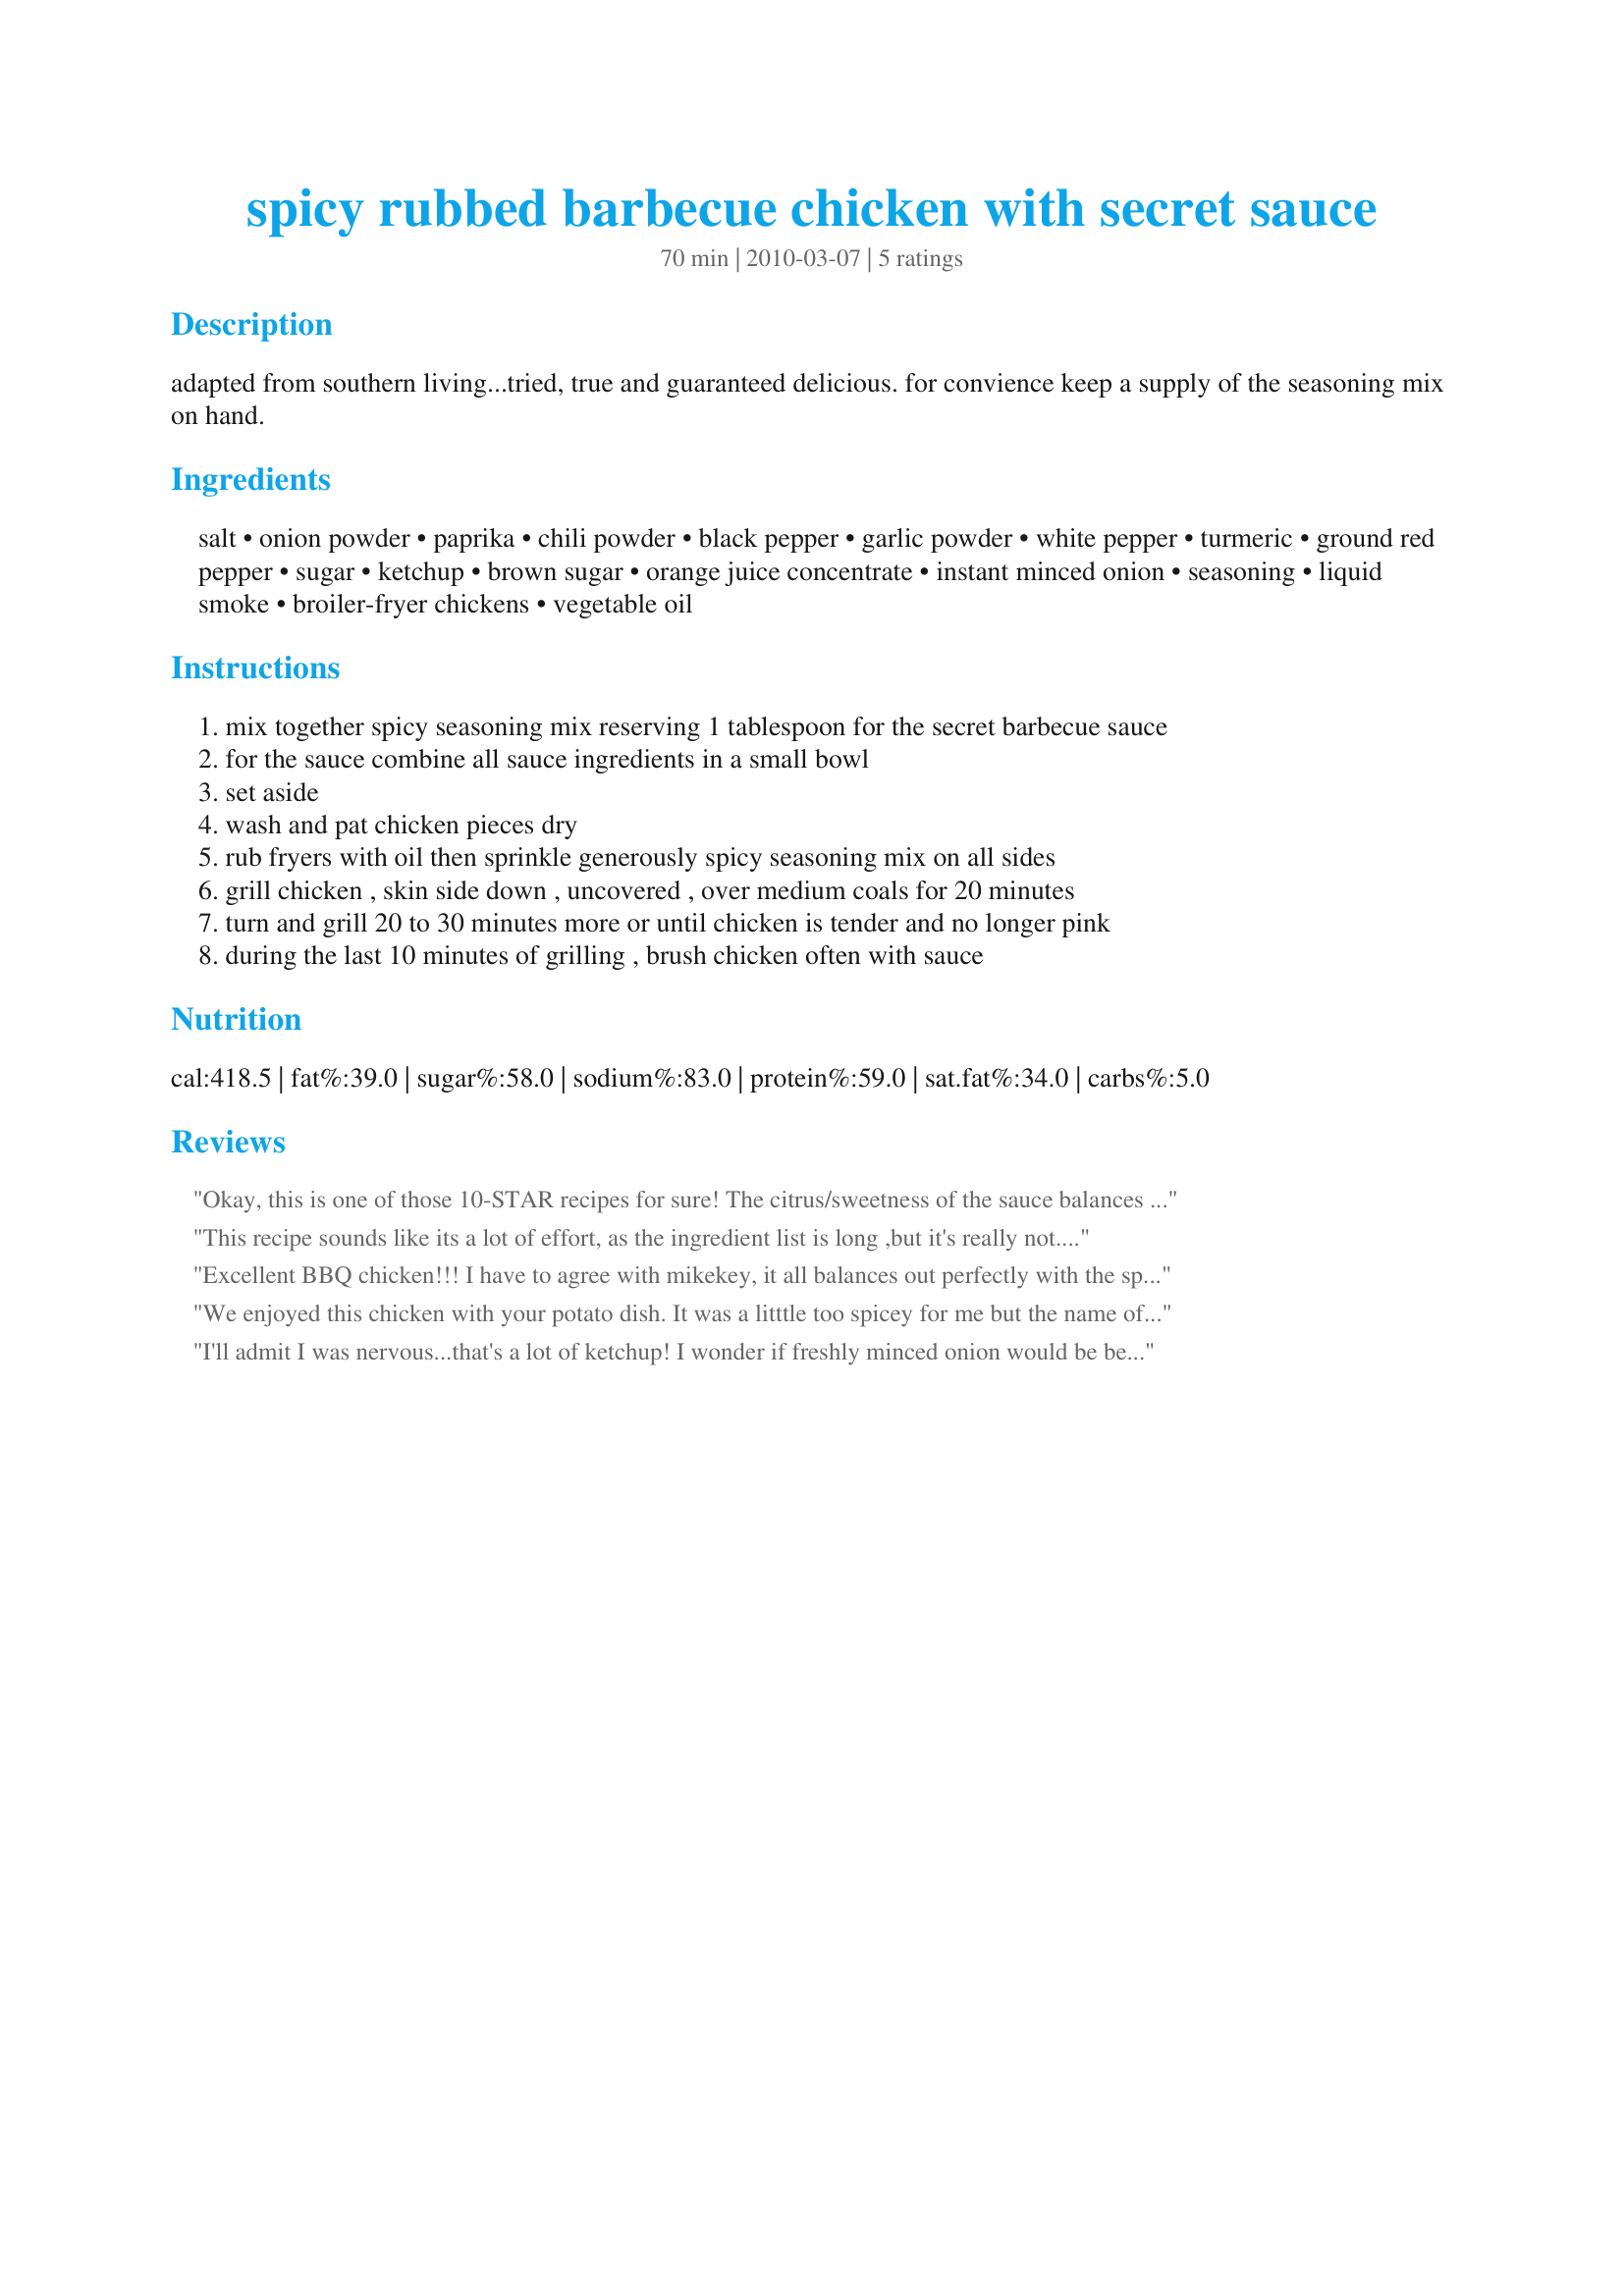
spicy rubbed barbecue chicken with secret sauce
Preparation time: 70 minutes

adapted from southern living...tried, true and guaranteed delicious. for convience keep a supply of the seasoning mix on hand.

Ingredients:
salt, onion powder, paprika, chili powder, black pepper, garlic powder, white pepper, turmeric, ground red pepper, sugar, ketchup, brown sugar, orange juice concentrate, instant minced onion, seasoning, liquid smoke, broiler-fryer chickens, vegetable oil

Steps:
mix together spicy seasoning mix reserving 1 tablespoon for the secret barbecue sauce
for the sauce combine all sauce ingredients in a small bowl
set aside
wash and pat chicken pieces dry
rub fryers with oil then sprinkle generously spicy seasoning mix on all sides
grill chicken , skin side down , uncovered , over medium coals for 20 minutes
turn and grill 20 to 30 minutes more or until chicken is tender and no longer pink
during the last 10 minutes of grilling , brush chicken often with sauce

Reviews:
Okay, this is one of those 10-STAR recipes for sure! The citrus/sweetness of the sauce balances the zip in the rub. I did cut the amount of salt in the seasoning mix in half, though. I used thigh and breast pieces and put them in a grill basket on the outdoor rotisserie. Chicken was juicy and so tasty! I think this would be great on a pork tenderloin also! Made for Kittencalskitchen grilling tag game.
This recipe sounds like its a lot of effort, as the ingredient list is long ,but it's really not.
I used skin on chicken breasts (DH preference!),and grilled inside.
Great results...we really enjoyed this. Beautiful flavours and moist chicken...can't wait to try this on the barbie!
Thanks gailanng!
Excellent BBQ chicken!!! I have to agree with mikekey, it all balances out perfectly with the spices and sauce!!! Thanks for sharing this wonderful recipe!! Made for Holiday Tag Game.
We enjoyed this chicken with your potato dish. It was a litttle too spicey for me but the name of the chicken is spicey rubbed chicken. I cut out the red pepper but didn't cut down on the black pepper enough. Next time I would also cut down on the salt also. Made for AU/NZ.
I'll admit I was nervous...that's a lot of ketchup! I wonder if freshly minced onion would be better? I 'grilled' mine in the oven. WELL! The end result was falling off the bone deliciousness! I left 1 piece of chicken without sauce so I could rate the spice mix - excellent! Everybody was very happy slurping their fingers....made for Aussie Swap 5/10.
